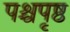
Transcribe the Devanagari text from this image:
पश्चपृष्ठ